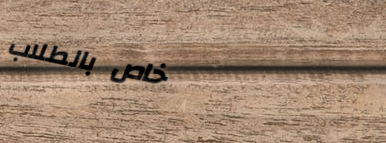
خاص بالطلاب